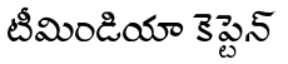
టీమిండియా కెప్టెన్